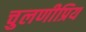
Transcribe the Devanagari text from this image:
चुलणीप्रिय